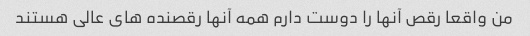
من واقعا رقص آنها را دوست دارم همه آنها رقصنده های عالی هستند